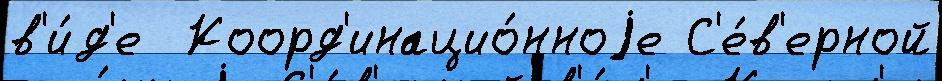
в'и́д'е  Коорд'инацио́нноjе С'е́в'ерной